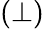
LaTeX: (\perp)